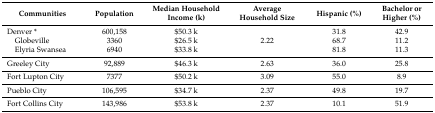
<table><thead><tr><td><b>Communities</b></td><td><b>Population</b></td><td><b>Median Household Income (k)</b></td><td><b>Average Household Size</b></td><td><b>Hispanic (%)</b></td><td><b>Bachelor or Higher (%)</b></td></tr></thead><tbody><tr><td>Denver * Globeville Elyria Swansea</td><td>600,15833606940</td><td>$50.3 k$26.5 k$33.8 k</td><td>2.22</td><td>31.868.781.8</td><td>42.911.211.3</td></tr><tr><td>Greeley City</td><td>92,889</td><td>$46.3 k</td><td>2.63</td><td>36.0</td><td>25.8</td></tr><tr><td>Fort Lupton City</td><td>7377</td><td>$50.2 k</td><td>3.09</td><td>55.0</td><td>8.9</td></tr><tr><td>Pueblo City</td><td>106,595</td><td>$34.7 k</td><td>2.37</td><td>49.8</td><td>19.7</td></tr><tr><td>Fort Collins City</td><td>143,986</td><td>$53.8 k</td><td>2.37</td><td>10.1</td><td>51.9</td></tr></tbody></table>